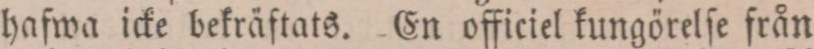
hafwa icke bekräftats. En officiel kungörelſe från